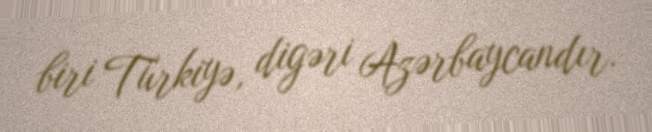
biri Türkiyə, digəri Azərbaycandır.